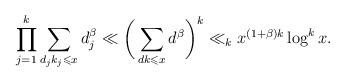
LaTeX: \begin{align*} \prod_{j=1}^{k}\sum\limits_{{d_j}{k_j} \leqslant x} d_j^{\beta}\ll\bigg(\sum\limits_{{d}{k} \leqslant x} {d^\beta }\bigg)^k\ll_k x^{(1+\beta)k}\log^k x. \end{align*}